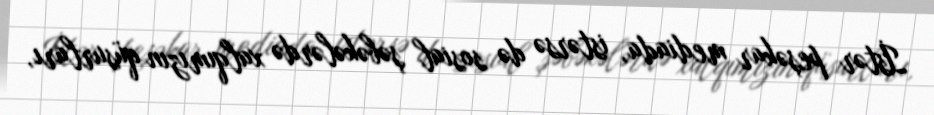
İstər peşəkar mediada, istərsə də sosial şəbəkələrdə xalqımızın qüsurları,